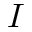
I